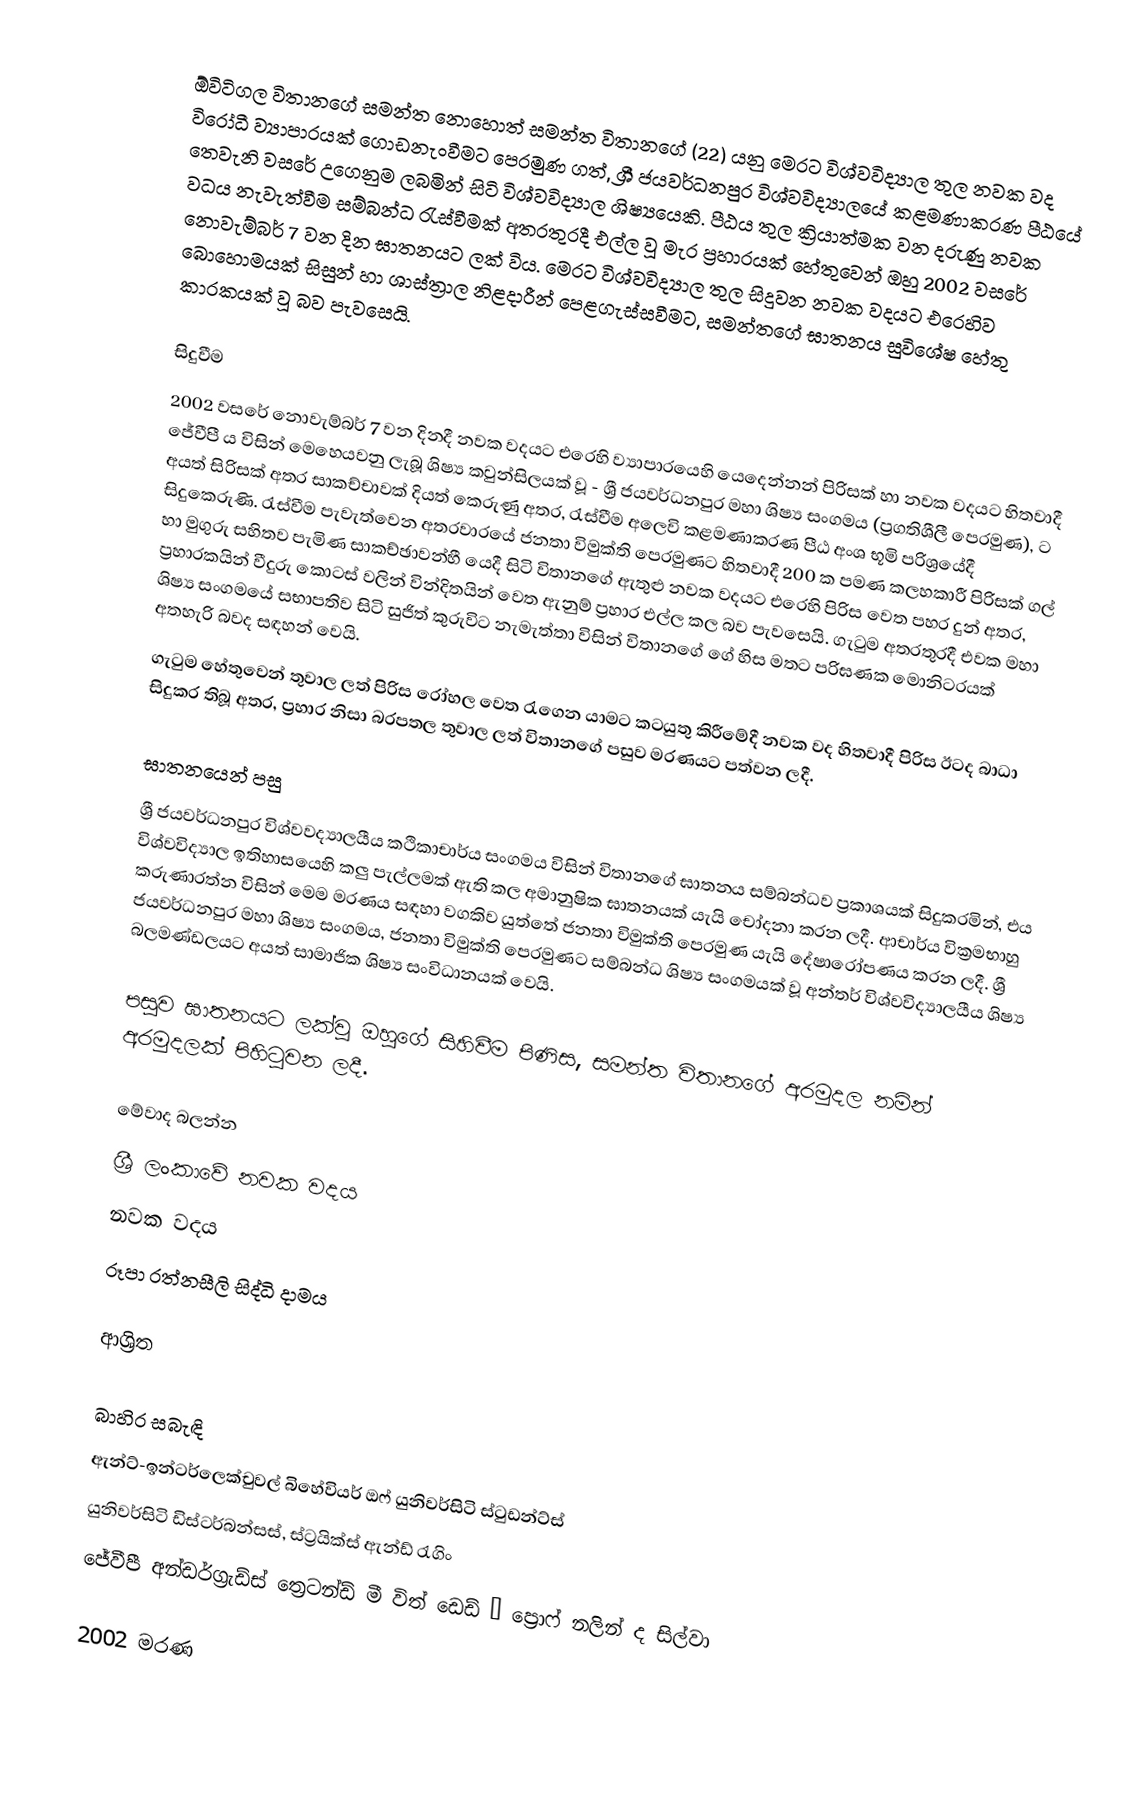
ඕවිටිගල විතානගේ සමන්ත නොහොත් සමන්ත විතානගේ (22) යනු මෙරට විශ්වවිද්‍යාල තුල නවක වද විරෝධී ව්‍යාපාරයක් ගොඩනැංවීමට පෙරමුණ ගත්, ශ්‍රී ජයවර්ධනපුර විශ්වවිද්‍යාලයේ කළමණාකරණ පීඨයේ තෙවැනි වසරේ උගෙනුම ලබමින් සිටි විශ්වවිද්‍යාල ශිෂ්‍යයෙකි. පීඨය තුල ක්‍රියාත්මක වන දරුණු නවක වධය නැවැත්වීම සම්බන්ධ රැස්වීමක් අතරතුරදී එල්ල වූ මැර ප්‍රහාරයක් හේතුවෙන් ඔහු 2002 වසරේ නොවැම්බර් 7 වන දින ඝාතනයට ලක් විය. මෙරට විශ්වවිද්‍යාල තුල සිදුවන නවක වදයට එරෙහිව බොහොමයක් සිසුන් හා ශාස්ත්‍රාල නිළදාරීන් පෙළගැස්සවීමට, සමන්තගේ ඝාතනය සුවිශේෂ හේතු කාරකයක් වූ බව පැවසෙයි.

සිදුවීම
2002 වසරේ නොවැම්බර් 7 වන දිනදී නවක වදයට එරෙහි ව්‍යාපාරයෙහි යෙදෙන්නන් පිරිසක් හා නවක වදයට හිතවාදී ජේවීපී ය විසින් මෙහෙයවනු ලැබූ ශිෂ්‍ය කවුන්සිලයක් වූ - ශ්‍රී ජයවර්ධනපුර මහා ශිෂ්‍ය සංගමය (ප්‍රගතිශීලී පෙරමුණ), ට අයත් සිරිසක් අතර සාකච්චාවක් දියත් කෙරුණු අතර, රැස්වීම අලෙවි කළමණාකරණ පීඨ අංශ භූමි පරිශ්‍රයේදී සිදුකෙරුණි. රැස්වීම පැවැත්වෙන අතරවාරයේ ජනතා විමුක්ති පෙරමුණට හිතවාදී 200 ක පමණ කලහකාරී පිරිසක් ගල් හා මුගුරු සහිතව පැමිණ සාකච්ඡාවන්හී යෙදී සිටි විතානගේ ඇතුළු නවක වදයට එරෙහි පිරිස වෙත පහර දුන් අතර, ප්‍රහාරකයින් වීදුරු කොටස් වලින් වින්දිතයින් වෙත ඇනුම් ප්‍රහාර එල්ල කල බව පැවසෙයි. ගැටුම අතරතුරදී එවක මහා ශිෂ්‍ය සංගමයේ සභාපතිව සිටි සුජිත් කුරුවිට නැමැත්තා විසින් විතානගේ ගේ හිස මතට පරිඝණක මොනිටරයක් අතහැරි බවද සඳහන් වෙයි.
ගැටුම හේතුවෙන් තුවාල ලත් පිරිස රෝහල වෙත රැගෙන යාමට කටයුතු කිරීමේදී නවක වද හිතවාදී පිරිස ඊටද බාධා සිදුකර තිබූ අතර, ප්‍රහාර නිසා බරපතල තුවාල ලත් විතානගේ පසුව මරණයට පත්වන ලදී.

ඝාතනයෙන් පසු
ශ්‍රී ජයවර්ධනපුර විශ්වවද්‍යාලයීය කථිකාචාර්ය සංගමය විසින් විතානගේ ඝාතනය සම්බන්ධව ප්‍රකාශයක් සිදුකරමින්, එය විශ්වවිද්‍යාල ඉතිහාසයෙහි කලු පැල්ලමක් ඇති කල අමානුෂික ඝාතනයක් යැයි චෝදනා කරන ලදී. ආචාර්ය වික්‍රමභාහු කරුණාරත්න විසින් මෙම මරණය සඳහා වගකිව යුත්තේ ජනතා විමුක්ති පෙරමුණ යැයි දේෂාරෝපණය කරන ලදී. ශ්‍රී ජයවර්ධනපුර මහා ශිෂ්‍ය සංගමය, ජනතා විමුක්ති පෙරමුණට සම්බන්ධ ශිෂ්‍ය සංගමයක් වූ අන්තර් විශ්වවිද්‍යාලයීය ශිෂ්‍ය බලමණ්ඩලයට අයත් සාමාජික ශිෂ්‍ය සංවිධානයක් වෙයි.

පසුව ඝාතනයට ලක්වූ ඔහුගේ සිහිවීම පිණිස, සමන්ත විතානගේ අරමුදල නමින් අරමුදලක් පිහිටුවන ලදී.

මේවාද බලන්න
 ශ්‍රී ලංකාවේ නවක වදය
 නවක වදය
 රූපා රත්නසීලි සිද්ධි දාමය

ආශ්‍රිත

බාහිර සබැඳි
ඇන්ට්-ඉන්ටර්ලෙක්චුවල් බිහේවියර් ඔෆ් යුනිවර්සිටි ස්ටුඩන්ට්ස්
යුනිවර්සිටි ඩිස්ටර්බන්සස්, ස්ට්‍රයික්ස් ඇන්ඩ් රැගිං
ජේවීපී අන්ඩර්ග්‍රැඩ්ස් ත්‍රෙටන්ඩ් මී විත් ඩෙඩ් – ප්‍රොෆ් නලින් ද සිල්වා

2002 මරණ